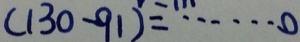
( 1 3 0 - 9 1 ) = \cdots 0